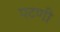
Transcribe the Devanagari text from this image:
पटणी